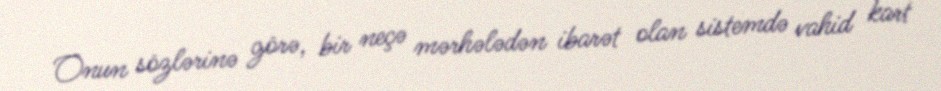
Onun sözlərinə görə, bir neçə mərhələdən ibarət olan sistemdə vahid kart